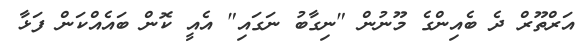
އަރްތޫރް ދެ ބެއިންގެ މޫނުން "ނިގާބު ނަގައި" އެއީ ކޮން ބައެއްކަން ފަޅާ